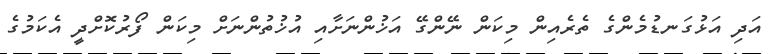
އަދި އަޅުގަނޑުމެންގެ ތެރެއިން މިކަން ނޭންގޭ އަޚުންނަށާއި އުޚުތުންނަށް މިކަން ފޯރުކޮށްދީ އެކަމުގެ